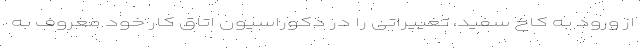
از ورود به کاخ سفید، تغییراتی را در دکوراسیون اتاق کار خود معروف به